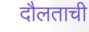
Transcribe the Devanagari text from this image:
दौलताची